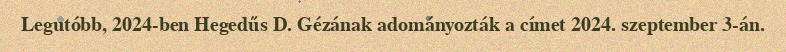
Legutóbb, 2024-ben Hegedűs D. Gézának adományozták a címet 2024. szeptember 3-án.